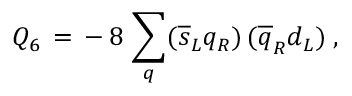
Q _ { 6 } \, = \, - \, 8 \, \sum _ { q } ( \overline { { { s } } } _ { L } q _ { R } ) \, ( \overline { { { q } } } _ { R } d _ { L } ) \; ,